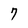
Character: 7